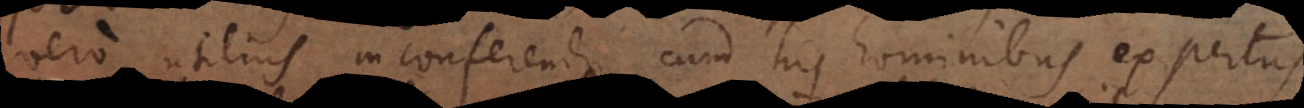
vero utilius in conferendo cum his hominibus expertus